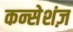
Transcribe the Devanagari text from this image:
कन्सेशंज़